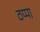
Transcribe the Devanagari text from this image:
ठप्‍पा